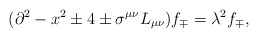
\begin{align*}(\partial^2 - x^2 \pm 4 \pm \sigma^{\mu\nu}L_{\mu\nu})f_\mp = \lambda^2 f_\mp,\end{align*}